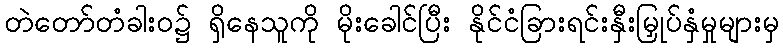
တဲတော်တံခါးဝ၌ ရှိနေသူကို မိုးခေါင်ပြီး နိုင်ငံခြားရင်းနှီးမြှုပ်နှံမှုများမှ